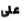
على